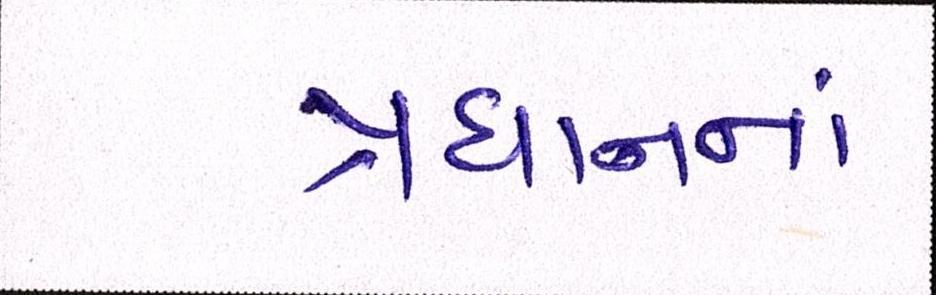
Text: પ્રધાનનાં